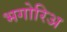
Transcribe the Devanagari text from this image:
भगोरिअ